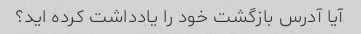
آیا آدرس بازگشت خود را یادداشت کرده اید؟